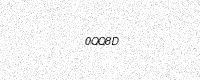
Text: 0QQ8D